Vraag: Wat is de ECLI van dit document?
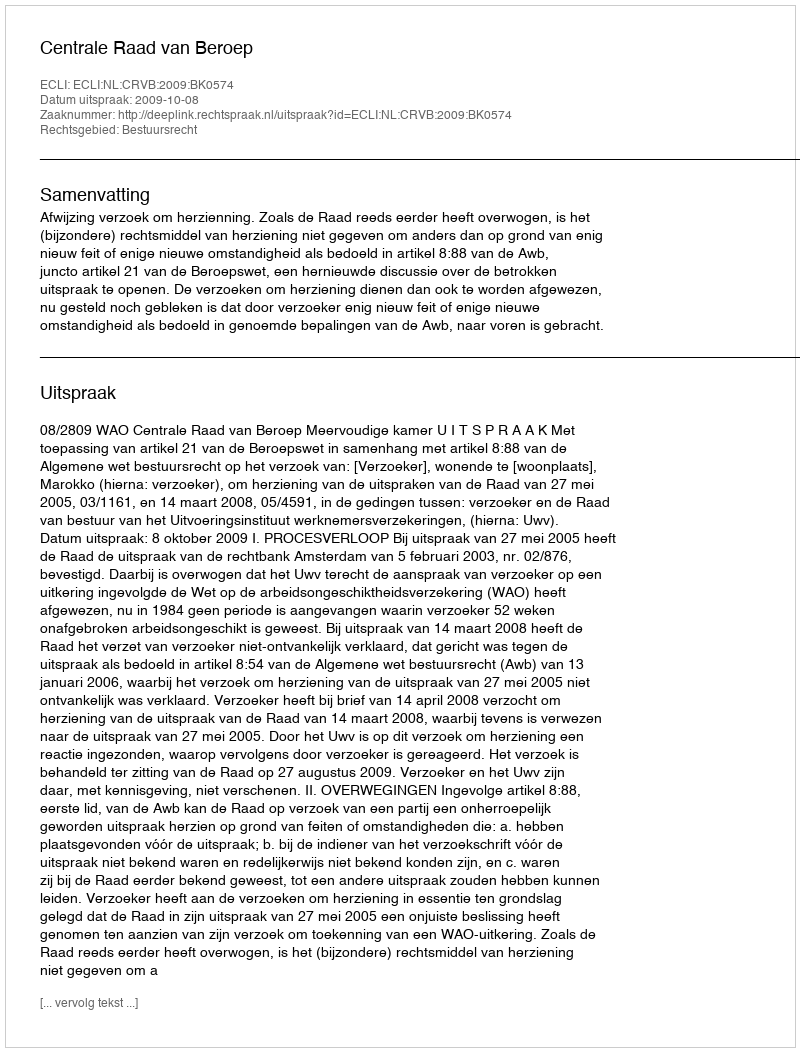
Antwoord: ECLI:NL:CRVB:2009:BK0574